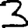
Digit: 3